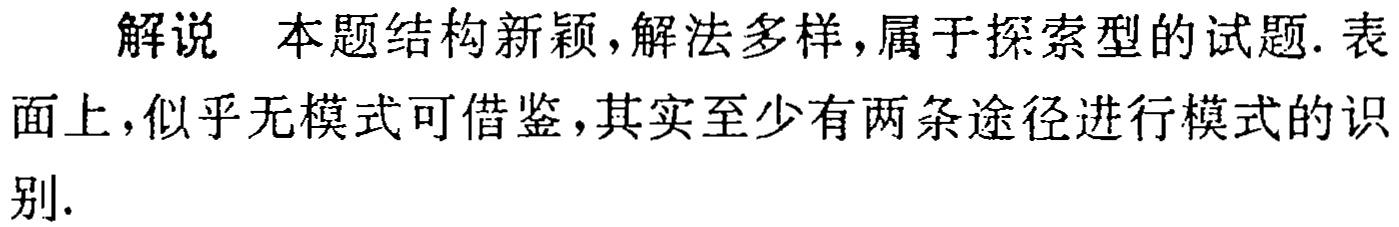
解说 本题结构新颖,解法多样,属于探索型的试题. 表面上,似乎无模式可借鉴,其实至少有两条途径进行模式的识别.